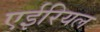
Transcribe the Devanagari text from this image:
एईरियल